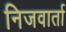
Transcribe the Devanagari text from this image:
निजवार्ता